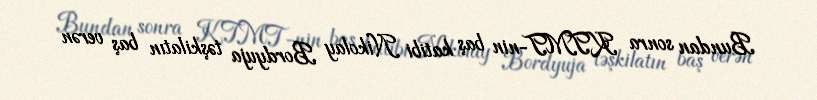
Bundan sonra KTMT-nin baş katibi Nikolay Bordyuja təşkilatın baş verən